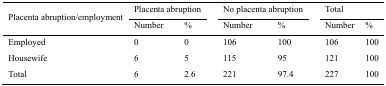
<table><thead><tr><td rowspan="3"><b>Placenta abruption/employment</b></td><td colspan="2"><b>Placenta abruption</b></td><td colspan="2"><b>No placenta abruption</b></td><td colspan="2"><b>Total</b></td></tr><tr><td><b>Number</b></td><td><b>%</b></td><td><b>Number</b></td><td><b>%</b></td><td><b>Number</b></td><td><b>%</b></td></tr></thead><tbody><tr><td>Employed</td><td>0</td><td>0</td><td>106</td><td>100</td><td>106</td><td>100</td></tr><tr><td>Housewife</td><td>6</td><td>5</td><td>115</td><td>95</td><td>121</td><td>100</td></tr><tr><td>Total</td><td>6</td><td>2.6</td><td>221</td><td>97.4</td><td>227</td><td>100</td></tr></tbody></table>